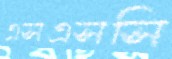
এসএসসি